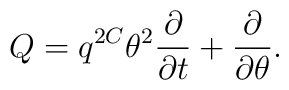
Q = q^{2C} \theta^2 \frac{\partial}{\partial t} + \frac{\partial}{\partial\theta}.